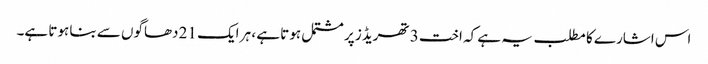
اس اشارے کا مطلب یہ ہے کہ اخت 3 تھریڈز پر مشتمل ہوتا ہے ، ہر ایک 21 دھاگوں سے بنا ہوتا ہے۔